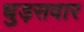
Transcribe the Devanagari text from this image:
धुड़सवार